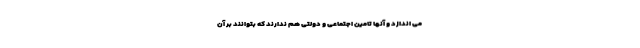
می اندازد و آنها تامین اجتماعی و دولتی هم ندارند که بتوانند بر آن